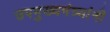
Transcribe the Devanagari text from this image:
उपमुख्यमंत्र्यांनी